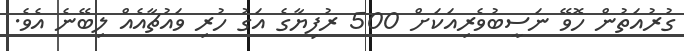
ގުރުއަތުން ހޮވޭ ނަސީބުވެރިއަކަށް 500 ރުފިޔާގެ އަގު ހުރި ވައުޗާއެއް ލިބޭނެ އެވެ.